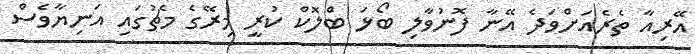
އޭރިއާ ތެރެއަށްވަދެ އޭނާ ފޮނުވާލި ބޯޅަ ބްލޮކް ކުރީ މިރޭގެ މެޗުގައި އަނިޔާވެސް